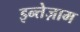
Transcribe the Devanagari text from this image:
इन्तेज़ाम